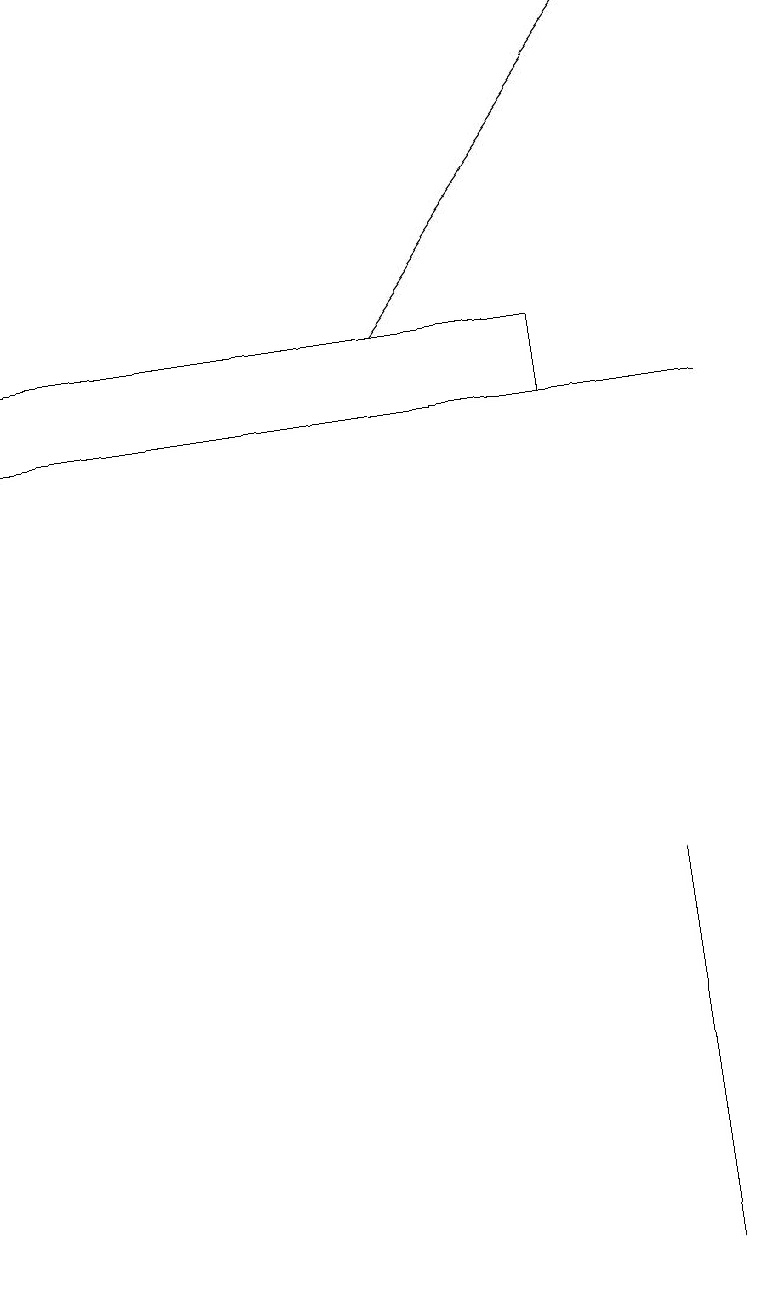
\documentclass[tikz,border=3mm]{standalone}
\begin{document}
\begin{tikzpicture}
\draw (9,13) rectangle (2,13);
\draw (2,13) rectangle (8,13);
\draw[->] (5,14) -- (8,18);
\draw (8,2) -- (8,7) -- (8,7) -- cycle;
\draw (7,14) rectangle (0,13);
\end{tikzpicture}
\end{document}